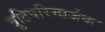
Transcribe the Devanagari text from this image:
त्रुटिपरिमार्जक